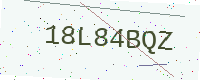
Text: 18L84BQZ